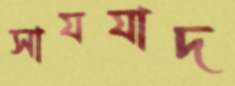
সাযযাদ